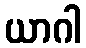
ယာဂါ